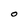
Character: o